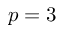
p = 3